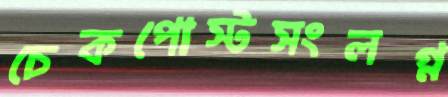
চেকপোস্টসংলগ্ন